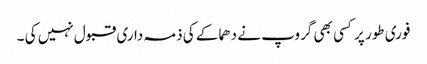
فوری طور پر کسی بھی گروپ نے دھماکے کی ذمہ داری قبول نہیں کی ۔